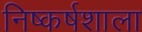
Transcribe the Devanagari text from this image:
निष्कर्षशाला